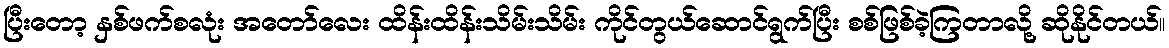
ပြီးတော့ နှစ်ဖက်စလုံး အတော်လေး ထိန်းထိန်းသိမ်းသိမ်း ကိုင်တွယ်ဆောင်ရွက်ပြီး စစ်ဖြစ်ခဲ့ကြတာလို့ ဆိုနိုင်တယ်။